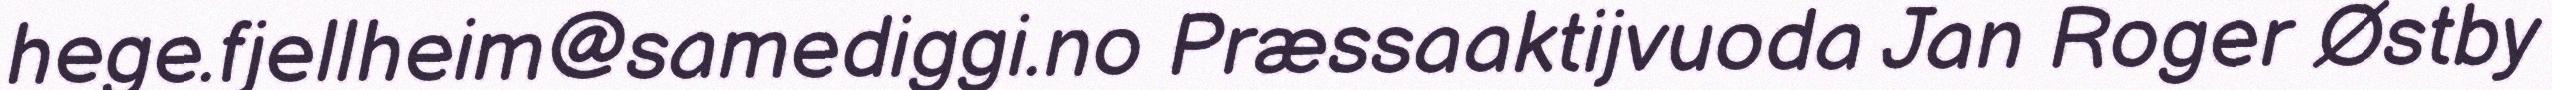
hege.fjellheim@samediggi.no Præssaaktijvuoda Jan Roger Østby